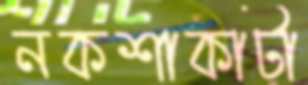
নকশাকাটা